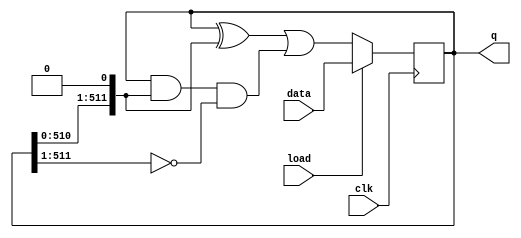
module top_module(
    input clk,
    input load,
    input [511:0] data,
    output [511:0] q);

    reg [511:0] l, c, r;

    always @(posedge clk) begin
        if(load) begin
            q <= data;
        end else begin
            l = q >> 1;
            c = q;
            r = q << 1;
            q <= (c ^ r) | (c & r & ~l);
        end
    end

endmodule